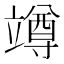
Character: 竴